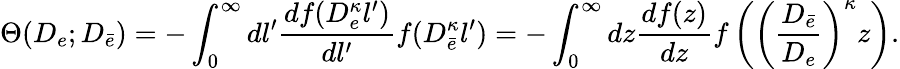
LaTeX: \Theta(D_{e};D_{\bar{e}})=-\int_{0}^{\infty}dl^{\prime}\frac{df(D_{e}^{\kappa}l^{\prime})}{dl^{\prime}}f(D_{\bar{e}}^{\kappa}l^{\prime})=-\int_{0}^{\infty}dz\frac{df(z)}{dz}f\left(\left(\frac{D_{\bar{e}}}{D_{e}}\right)^{\kappa}z\right).